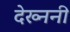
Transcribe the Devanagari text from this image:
देख्ननी